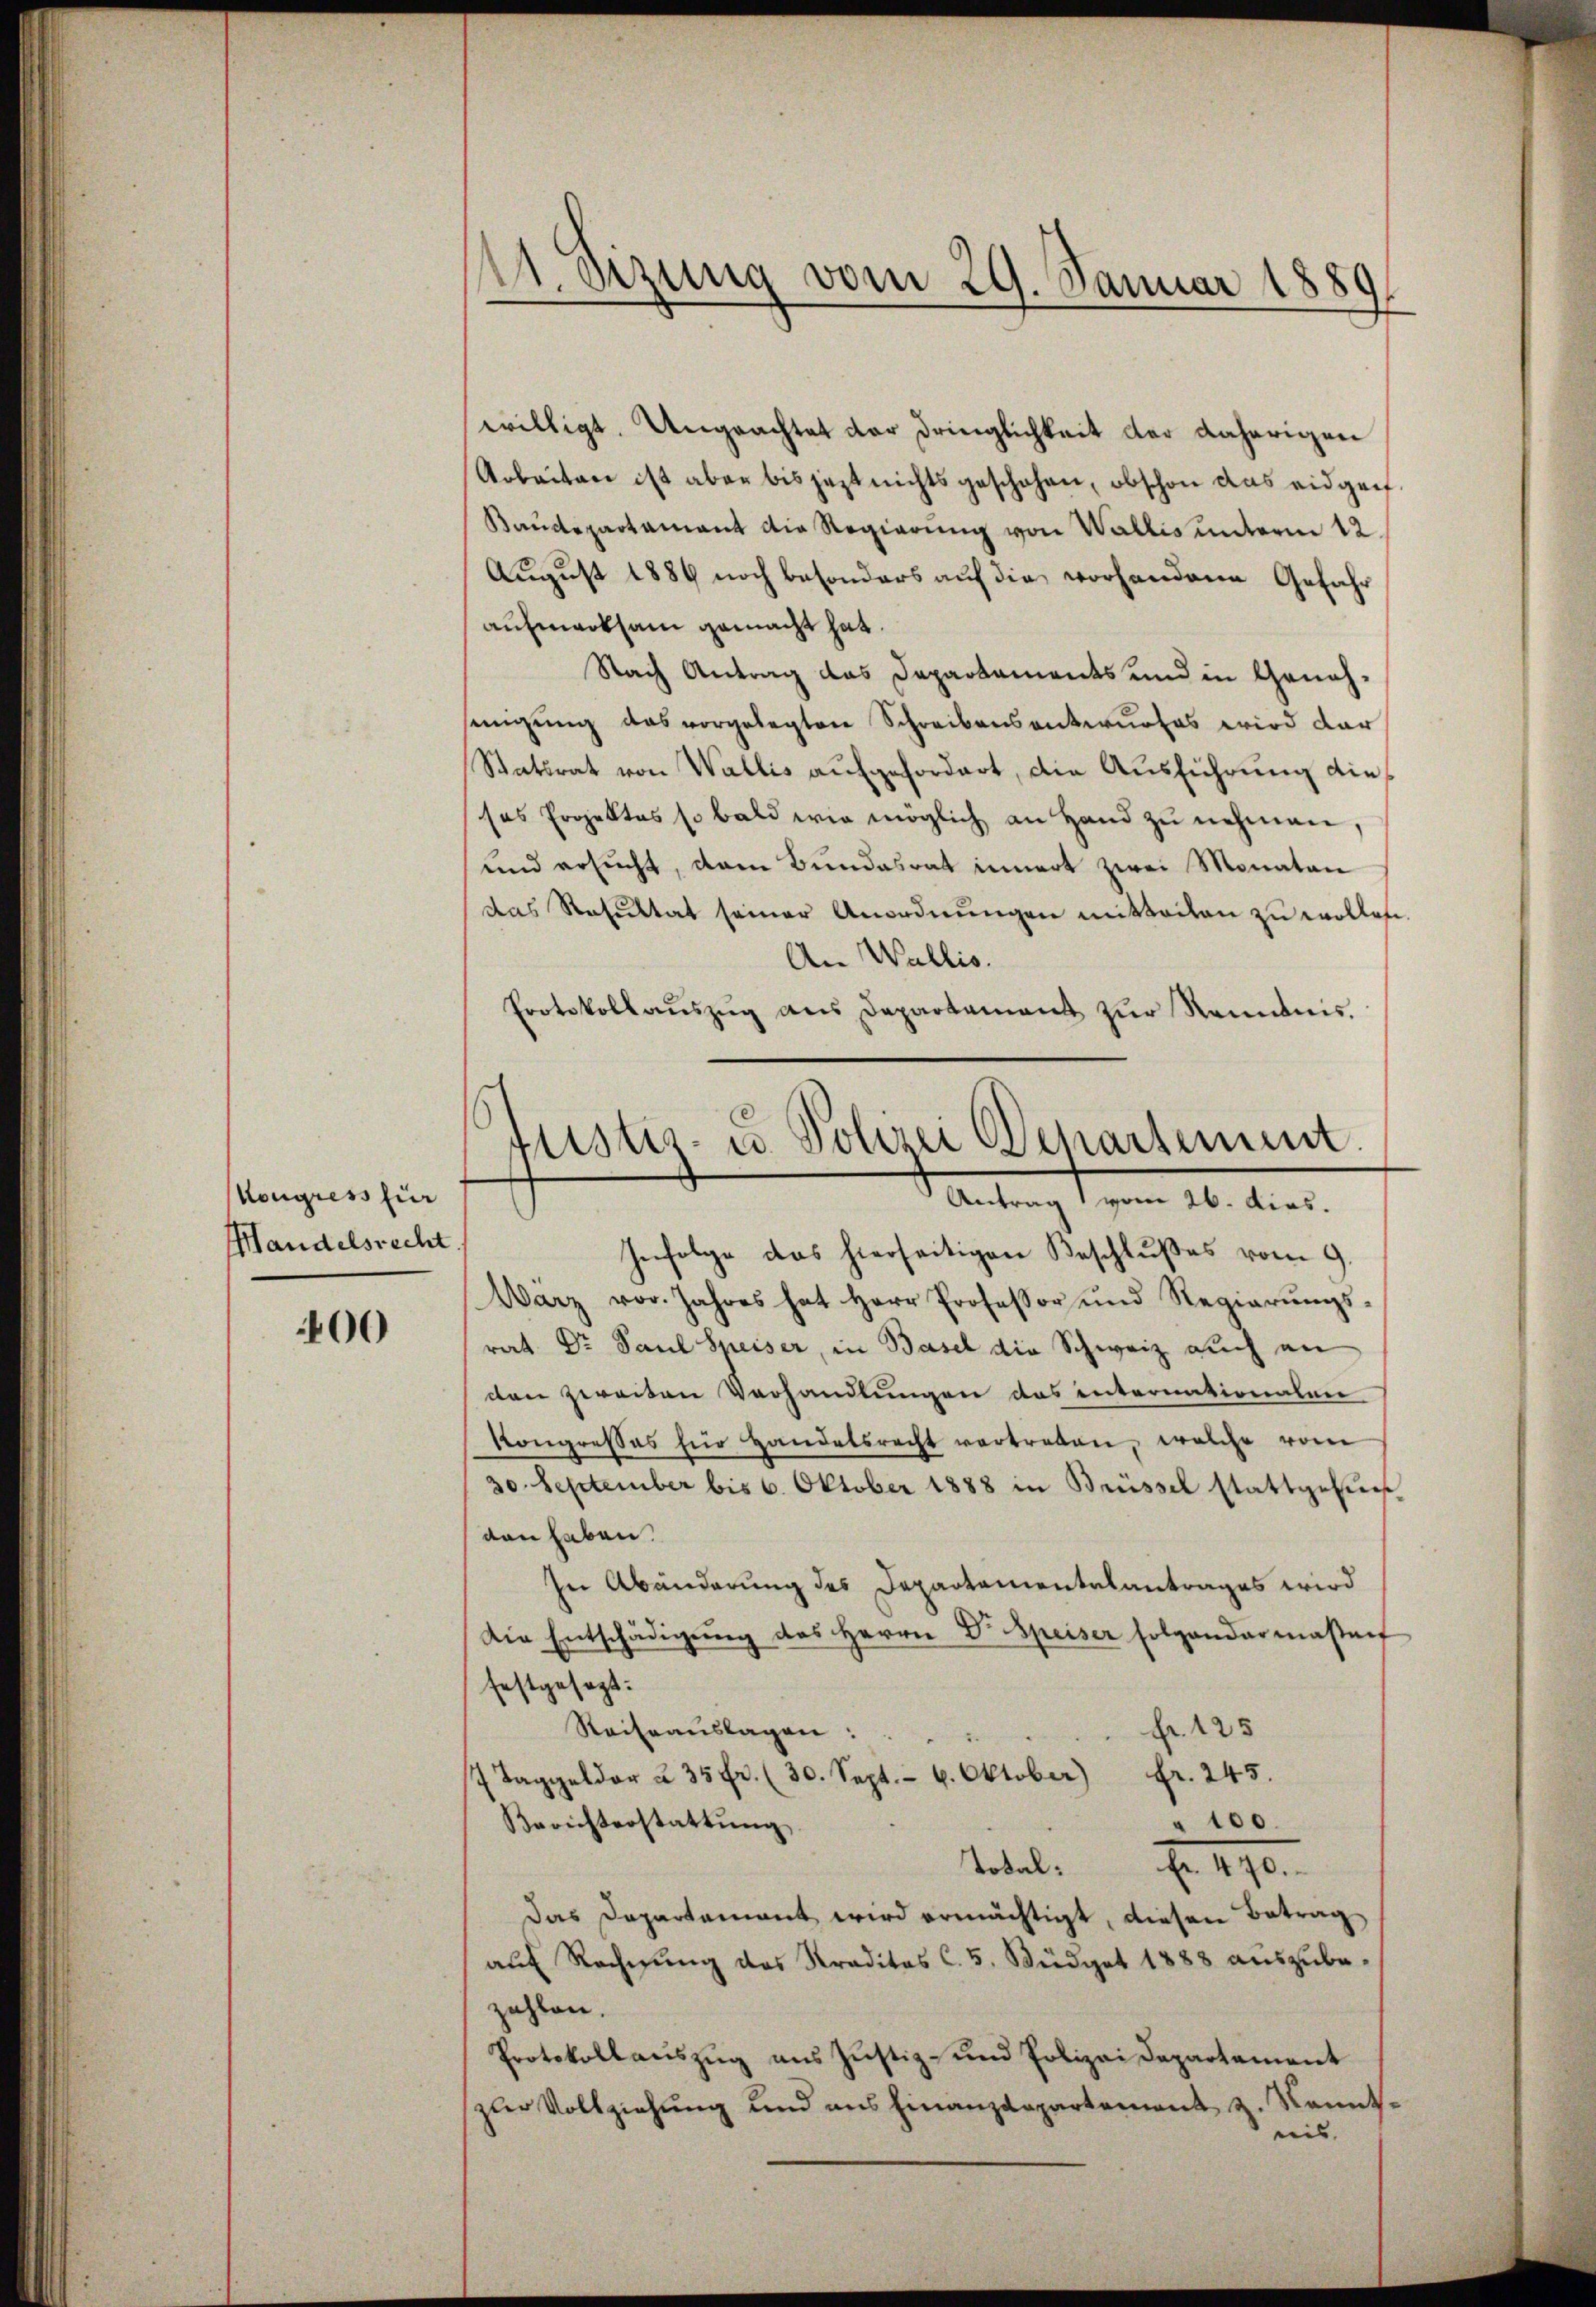
Kongress für
Mandelsrecht

00

A. dizung vom 29. Januar 1889.

willigt. Ungeachtet der Dringlichkeit der daherigen
Arbeiten ist aber bis jezt nichts geschehen, obschon das eidgen
Baudepartamant die Regierung von Wallis unterm 12
August 1889 noch besonders auf die vorhandene Gefahr
aufmerksam gemacht hat.
Nach Antrag das Departements und in Genehsingung das vorgelegten Schreibensentwurfes wird dar
Statsrat von Wallis aufgefordert, die Ausführung diesas Projektes so bald wie möglich an Hand zu nehmen,
und ersucht, dem Bundesrat innert zwei Monaten
das Resultat seiner Anordnŭngen mitteilen zŭ wollen.
An Wallis.
Protokollaŭszŭg ans Departement zŭr Kenntnis.

Justiz- u. Polizei Departement.
Antrag vom 26. dies.

Infolge das hierseitigen Beschlußes vom 9.
Wärz vor. Jahres hat Herr Professor und Regierŭngs-
rat Dr. Paul Speiser, in Basel die Schweiz auch an
den zweiten Verhandlungen das internationalen
Kongresses für Handelsrecht vertreten, welche vom
30. September bis 6. Oktober 1888 in Brüssel stattgefŭn
den haben.
In Abänderung des Departamentalantrages wird
Die Entschädigŭng des Herrn Dr. Speiser folgendarmaβanf
festgesagt:
Reiseauslagen:
Fr. 125
7 Taggelder u 35 Fr. (30. Sept. - 6. Oktober) fr. 245.
" 100.
Berichterstattŭng
Total 190
das Departement wird ermächtigt, diesen Betrag
aŭf Rechnŭng des Traditas C. 5. Büdget 1888 aŭszŭbe-
zahlen.
Protokollauszug aus Justiz- und Polizei Departement
zur Vollziehung und aus Finanzdepartement z. Kenntnis. |